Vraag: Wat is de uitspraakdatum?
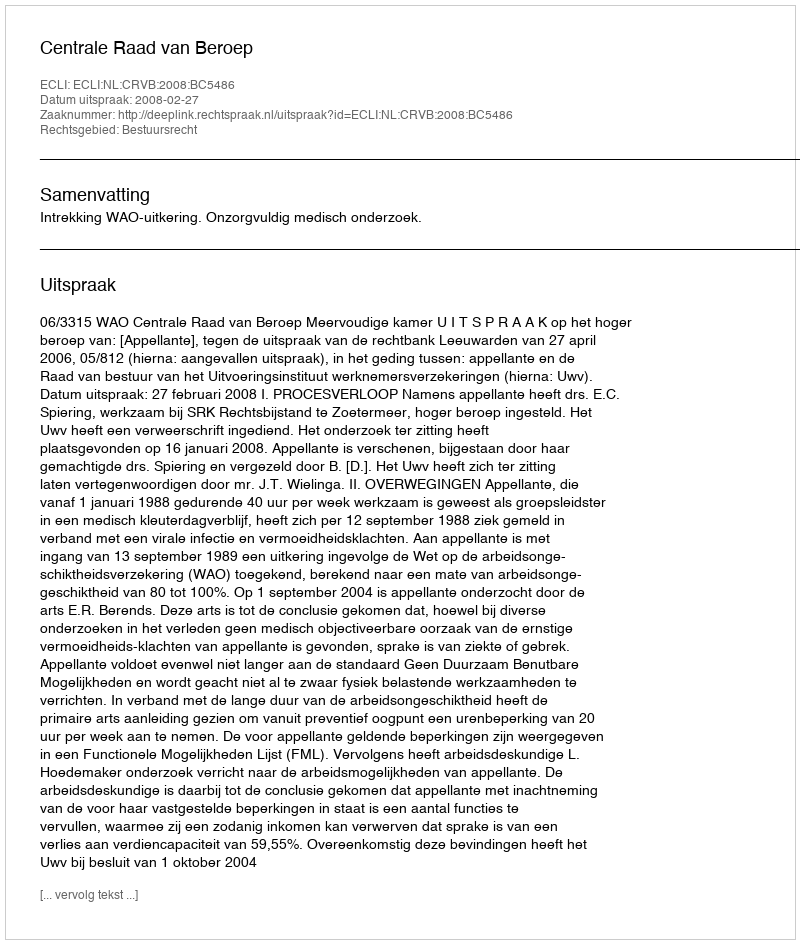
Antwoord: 2008-02-27